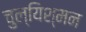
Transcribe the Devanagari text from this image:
चुल्यिश्मन